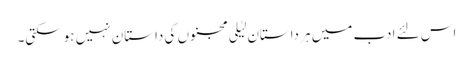
اس لئے ادب میں ہر داستان لیٰلی مجنوں کی داستان نہیں ہوسکتی۔